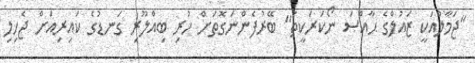
"ޖަމާލްއަކީ ޒައުލްގެ ޙާއްޞަ ނޯކަރަކީތަ" ބޭރުފެންނަގޮތަށް ހުރި ބިއްލޫރި ގަނޑުގެ ކައިރިއަށް ޖެހިލި